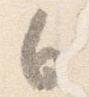
白